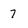
Character: 7